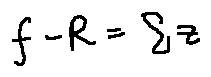
f - R = \sum z